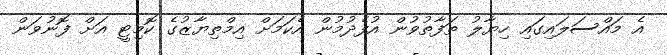
އެ މައްސަލައިގައި ހިޔާލު ތަފާތުވުން އުފެދުމުން އެކަމަށް އިމްތިޔާޒުގެ ކޮމިޓީ އަށް ފޮނުވަން